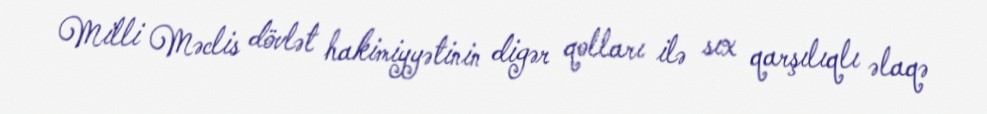
Milli Məclis dövlət hakimiyyətinin digər qolları ilə sıx qarşılıqlı əlaqə